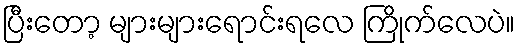
ပြီးတော့ များများရောင်းရလေ ကြိုက်လေပဲ။